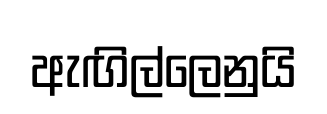
ඇඟිල්ලෙනුයි